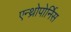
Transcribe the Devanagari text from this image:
एन्थ्रोपोर्निस